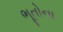
ભૂતોના